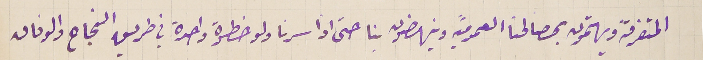
المتفرقة ويهتمون بمصالحنا العموميَّه وينهضون بنا حتى اذا سرنا ولو خطوة واحدة في طربق النجاح والوفاق